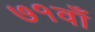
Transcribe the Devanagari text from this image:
७१वाँ